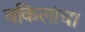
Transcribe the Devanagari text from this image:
वकिलांचा